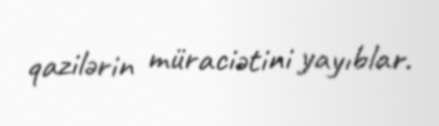
qazilərin müraciətini yayıblar.